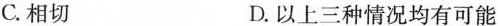
C.相切 D.以上三种情况均有可能